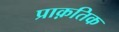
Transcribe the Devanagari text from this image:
प्राक़तिक